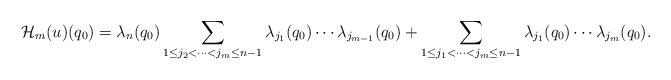
LaTeX: \begin{align*} \mathcal{H}_m(u)(q_0) = \lambda_{n}(q_0) \sum\limits_{1\leq j_2<\dots<j_m\leq n-1}\lambda_{j_1}(q_0) \cdots\lambda_{j_{m-1}}(q_0)+ \sum\limits_{1\leq j_1<\dots<j_m\leq n-1}\lambda_{j_1}(q_0)\cdots\lambda_{j_m}(q_0). \end{align*}